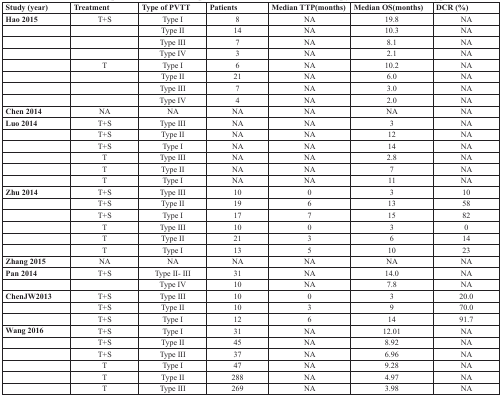
| Study (year) | Treatment | Type of PVTT | Patients | Median TTP(months) | Median OS(months) | DCR (%) |
 | --- | --- | --- | --- | --- | --- | --- |
 | Hao 2015 | T+S | Type I | 8 | NA | 19.8 | NA |
 |  |  | Type II | 14 | NA | 10.3 | NA |
 |  |  | Type III | 7 | NA | 8.1 | NA |
 |  |  | Type IV | 3 | NA | 2.1 | NA |
 |  | T | Type I | 6 | NA | 10.2 | NA |
 |  |  | Type II | 21 | NA | 6.0 | NA |
 |  |  | Type III | 7 | NA | 3.0 | NA |
 |  |  | Type IV | 4 | NA | 2.0 | NA |
 | Chen 2014 | NA | NA | NA | NA | NA | NA |
 | Luo 2014 | T+S | Type III | NA | NA | 3 | NA |
 |  | T+S | Type II | NA | NA | 12 | NA |
 |  | T+S | Type I | NA | NA | 14 | NA |
 |  | T | Type III | NA | NA | 2.8 | NA |
 |  | T | Type II | NA | NA | 7 | NA |
 |  | T | Type I | NA | NA | 11 | NA |
 | Zhu 2014 | T+S | Type III | 10 | 0 | 3 | 10 |
 |  | T+S | Type II | 19 | 6 | 13 | 58 |
 |  | T+S | Type I | 17 | 7 | 15 | 82 |
 |  | T | Type III | 10 | 0 | 3 | 0 |
 |  | T | Type II | 21 | 3 | 6 | 14 |
 |  | T | Type I | 13 | 5 | 10 | 23 |
 | Zhang 2015 | NA | NA | NA | NA | NA | NA |
 | Pan 2014 | T+S | Type II- III | 31 | NA | 14.0 | NA |
 |  |  | Type IV | 10 | NA | 7.8 | NA |
 | ChenJW2013 | T+S | Type III | 10 | 0 | 3 | 20.0 |
 |  | T+S | Type II | 10 | 3 | 9 | 70.0 |
 |  | T+S | Type I | 12 | 6 | 14 | 91.7 |
 | Wang 2016 | T+S | Type I | 31 | NA | 12.01 | NA |
 |  | T+S | Type II | 45 | NA | 8.92 | NA |
 |  | T+S | Type III | 37 | NA | 6.96 | NA |
 |  | T | Type I | 47 | NA | 9.28 | NA |
 |  | T | Type II | 288 | NA | 4.97 | NA |
 |  | T | Type III | 269 | NA | 3.98 | NA |